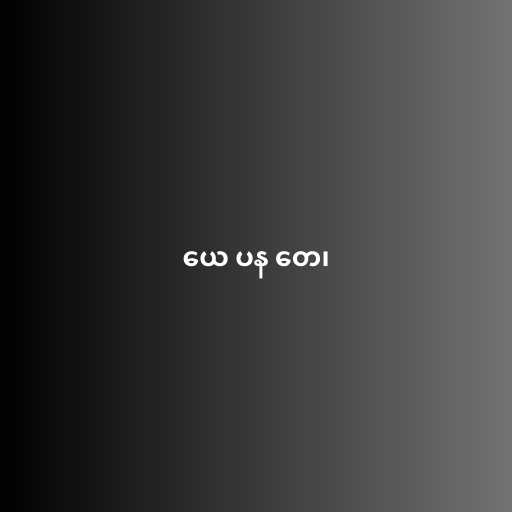
ယေ ပန တေ၊